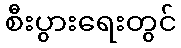
စီးပွားရေးတွင်